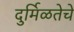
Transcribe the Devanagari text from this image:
दुर्मिळतेचे